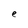
Character: e